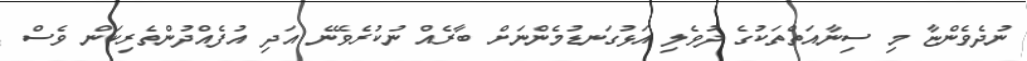
ނުދެވެންޏާ މި ސިނާއަތްތަކުގެ ދުވެލި އަޅުގަނޑުމެންނަށް ބާރެއް ނުކުރެވޭނެ އަދި އުފެއްދުންތެރިކަން ވެސް